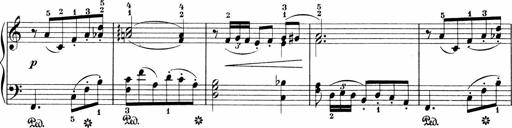
Title: 3 Sonatinas
Composer: Carl Reinecke